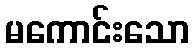
မကောင်းသော